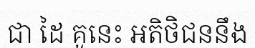
ជា ដៃ គូនេះ អតិថិជននឹង